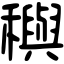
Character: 穥